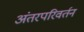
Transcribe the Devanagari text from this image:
अंतरपरिवर्तन